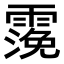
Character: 𩄬